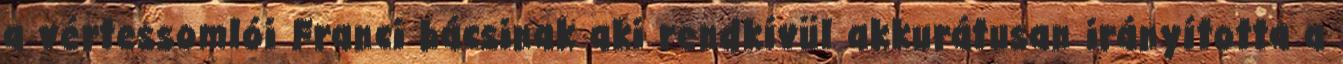
a vértessomlói Franci bácsinak aki rendkívül akkurátusan irányította a